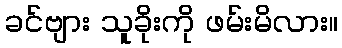
ခင်ဗျား သူခိုးကို ဖမ်းမိလား။